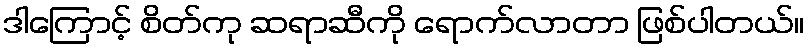
ဒါကြောင့် စိတ်ကု ဆရာဆီကို ရောက်လာတာ ဖြစ်ပါတယ်။